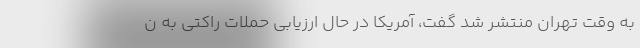
به وقت تهران منتشر شد گفت، آمریکا در حال ارزیابی حملات راکتی به ن